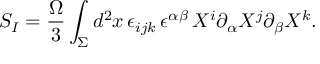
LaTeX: S _ { I } = { \frac { \Omega } { 3 } } \int _ { \Sigma } d ^ { 2 } x \, \epsilon _ { i j k } \, \epsilon ^ { \alpha \beta } \, X ^ { i } \partial _ { \alpha } X ^ { j } \partial _ { \beta } X ^ { k } .